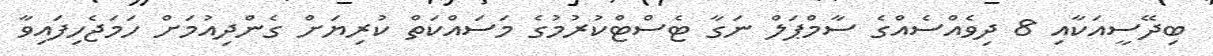
ބިދޭސީއަކާއި 8 ދިވެއްސެއްގެ ސާމްޕަލް ނަގާ ޓެސްޓްކުރުމުގެ މަސައްކަތް ކުރިޔަށް ގެންދިއުމަށް ހަމަޖެހިފައިވާ